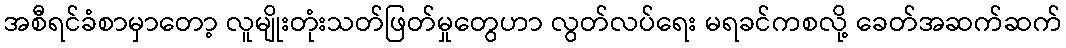
အစီရင်ခံစာမှာတော့ လူမျိုးတုံးသတ်ဖြတ်မှုတွေဟာ လွတ်လပ်ရေး မရခင်ကစလို့ ခေတ်အဆက်ဆက်